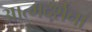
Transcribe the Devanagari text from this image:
आत्मदर्शना